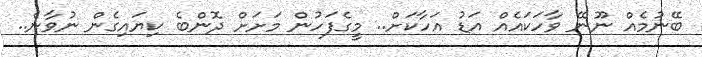
ބޭނުމެއް ނޫނޭ ވާހަކައެއް އަޑު އަހާކަށް.. މީގެފަހުން މަށަށް ދޮންބެ ކިޔައިގެން ނުވާނެ..